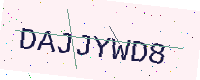
Text: DAJJYWD8